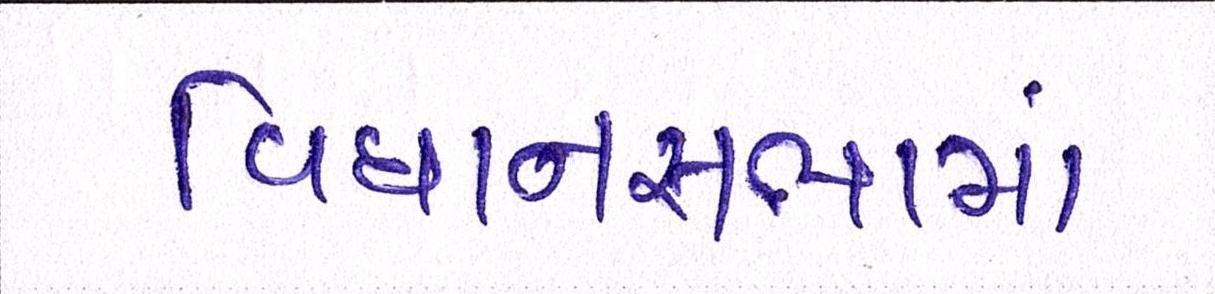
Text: વિધાનસભામાં